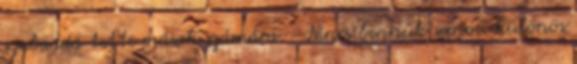
szabaddá tette mások számára. - Nincs bennük semmi különös